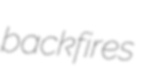
backfires